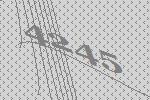
4245